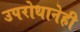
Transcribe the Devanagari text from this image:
उपरोधानेही